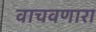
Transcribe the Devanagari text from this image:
वाचवणारा